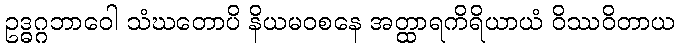
ဥဒ္ဓဂ္ဂဘာဝေါ သံဃတောပိ နိယမဝစနေ အတ္ထာရကိရိယာယံ ဝိဿဝိတာယ